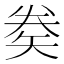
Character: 𥏇